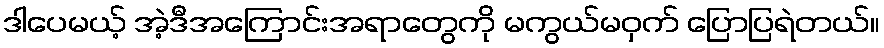
ဒါပေမယ့် အဲ့ဒီအကြောင်းအရာတွေကို မကွယ်မဝှက် ပြောပြရဲတယ်။